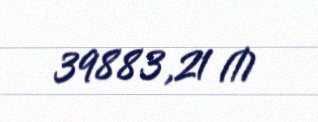
39883,21 ₼